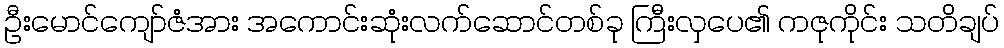
ဦးမောင်ကျော်ဇံအား အကောင်းဆုံးလက်ဆောင်တစ်ခု ကြီးလှပေ၏ ကဇုကိုင်း သတိချပ်